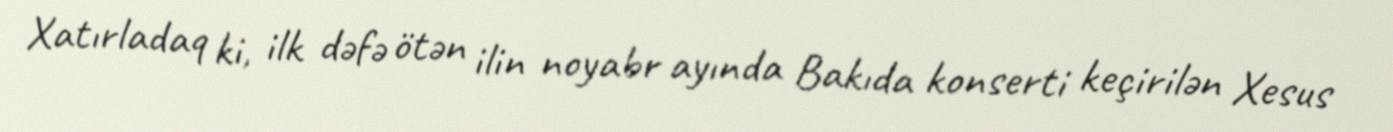
Xatırladaq ki, ilk dəfə ötən ilin noyabr ayında Bakıda konserti keçirilən Xesus